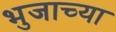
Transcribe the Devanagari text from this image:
भुजाच्या